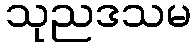
သုညဒသမ